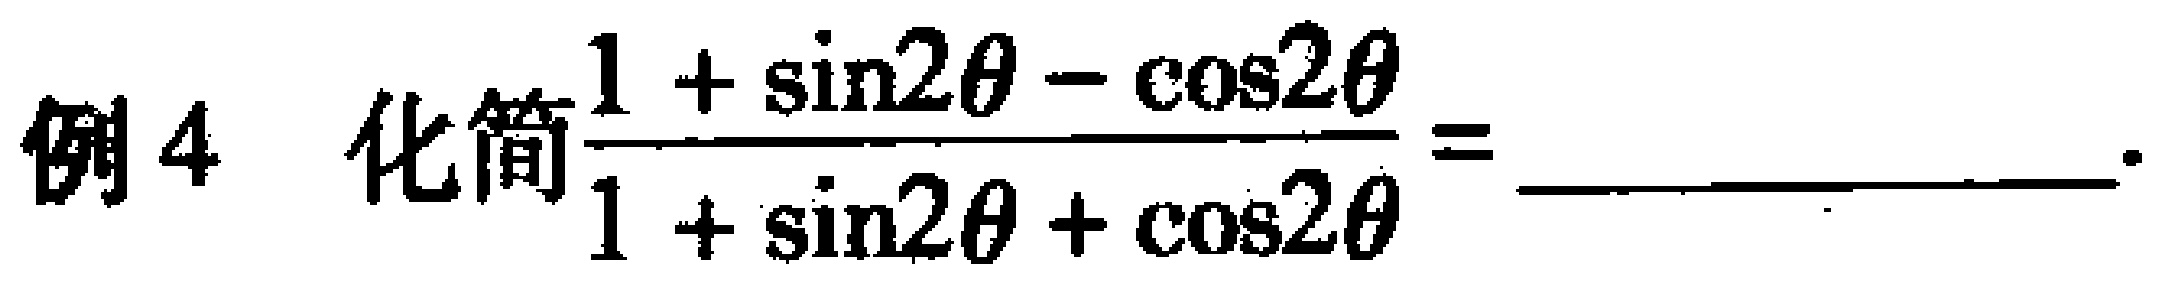
例4 化简$\frac{1 + \sin2\theta - \cos2\theta}{1 + \sin2\theta + \cos2\theta}=$  。